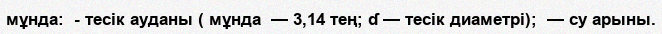
мұнда:  - тесік ауданы ( мұнда  — 3,14 тең; ɗ — тесік диаметрі);  — су арыны.